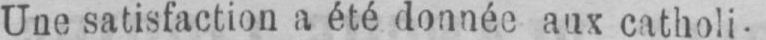
Une satisfaction a été donnée aux catholi-